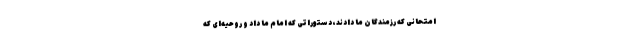
امتحانی که رزمندگان ما دادند، دستوراتی که امام ما داد و روحیه‌ای که